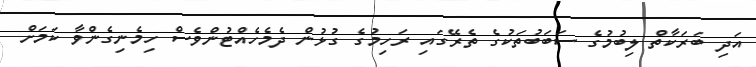
އަދި ބަރަކާތް ލިބުމުގެ ސަބަބުތަކުގެ ތެރޭގައި ރަހިމުގެ ގުޅުން ދެމެހެއްޓުންވެސް ހިމެނިގެންވާ ކަމަށް